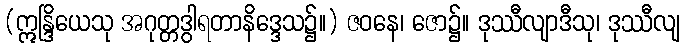
(ဣန္ဒြိယေသု အဂုတ္တဒွါရတာနိဒ္ဒေသ၌။) ဇဝနေ၊ ဇော၌။ ဒုဿီလျာဒီသု၊ ဒုဿီလျ